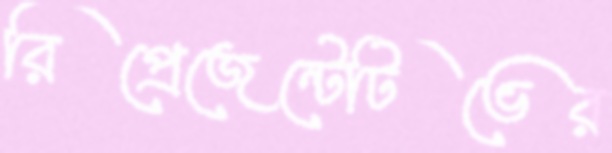
রিপ্রেজেন্টেটিভের